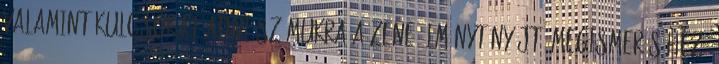
valamint kulcsokat adni számukra a zene élményt nyújtó megismeréséhez,